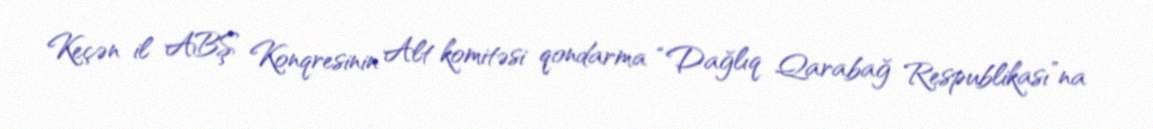
Keçən il ABŞ Konqresinin Alt komitəsi qondarma “Dağlıq Qarabağ Respublikası”na